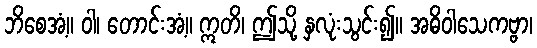
ဘိစေအံ့။ ဝါ၊ တောင်းအံ့။ ဣတိ၊ ဤသို့ နှလုံးသွင်း၍။ အဓိဝါသေကဗ္ဗာ၊